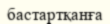
бастартқанға